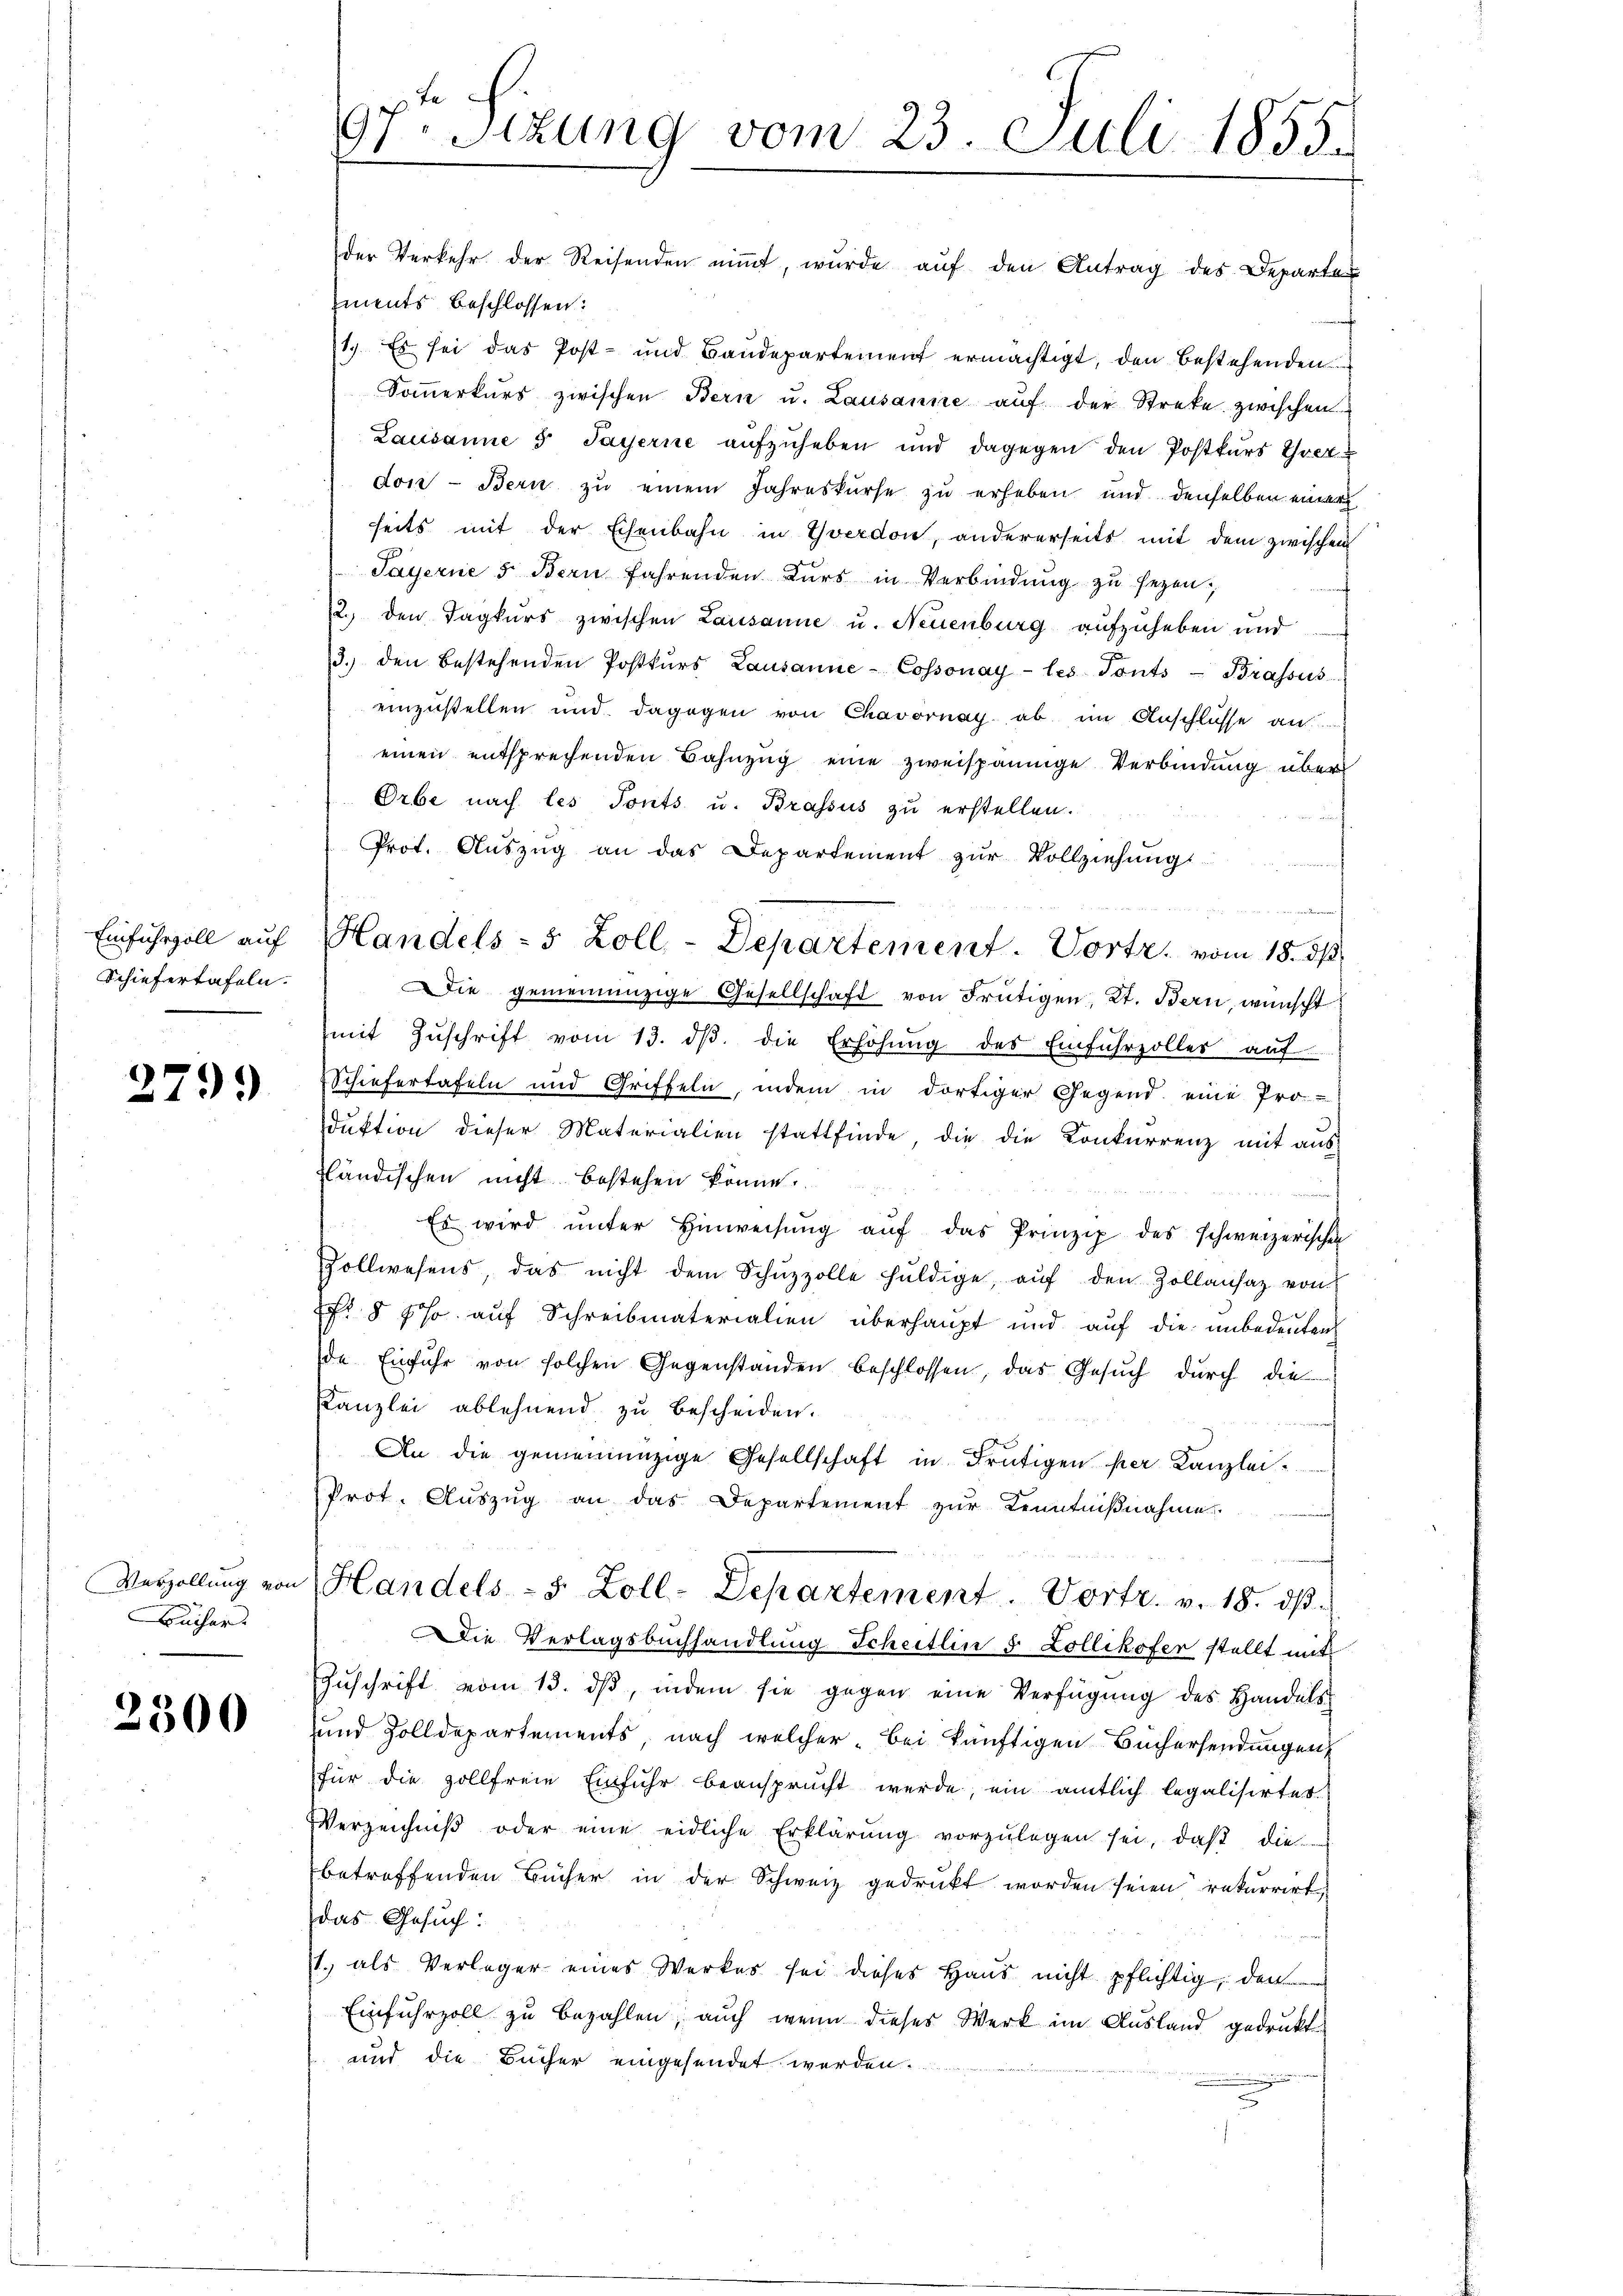
Einfuhrzoll auf
Schiefertafeln.

2799

Buchar

2300

tr. Sizung vom 23. Juli 1855.

der Verkehr der Reisenden niṁt, wurde aŭf den Antrag des Departer
ments beschlossen:
1.) Es sei das Post- und Baudepartement ermächtigt, den bestehenden
Soṁerkŭrs zwischen Bern u. Lausanne aŭf der Streke zwischen
Lausanne 5 Payerne aufzuheben und dagegen den Postkurs Ihrer
don - Bern zu einem Jahreskurse zu erheben und denselben einer
seits mit der Eisenbahn in Yverdon, andererseits mit dem zwischen
Payerne 5 Bern fahrenden Kŭrs in Verbindŭng zŭ sezen;
12. den Tagkurs zwischen Lausanne u. Neuenburg aufzuheben und
3.) den bestehenden Postkŭrs Lausanne-Cossonay- les Tonts-Brassus
einzustellen und dagegen von Chavornay ab im Anschlüsse an
einen entsprechenden Bahnzug eine zweispännige Verbindung über
Orbe nach les Tonts u. Brassus zu erstellen.
Prot. Aŭszŭg an das Departement zŭr Vollziehŭngs
Die geneinanzige Gesellschaft von Frutigen, Kt. Bern, wünscht
mit Zŭschrift vom 13. dβ die Erhöhŭng des Einfuhrzöller auf
Schiefertafeln und Griffeln, indem in dortiger Gegend eine Pro-
duktion dieser Materialien stattfinde, die die Konkurrenz mit aus-
fländischen nicht bestehen könne.
Es wird ŭnter Hinweisŭng aŭf das Prinzip des schweizerische
Zollwesens, das nicht dem Schŭzzolle hŭldige, aŭf den Zollansaz von
f. § 5. auf Schreibmaterialien überhaupt und auf die unbedeuten
de Einfuhr von solchen Gegenstanden beschlossen, das Gesuch durch die
Kanzlei ablehnend zu bescheiden.
An die gemeinnüzige Gesellschaft in Frutigen per Kanzlei-
Prot. Aŭszŭg an das Departement zŭr Kenntniβnahme
Verzollŭng von Handels- 5 Zoll-Departement. Vortr. v. 18. dβ.
Die Verlagsbuchhandlung Scheitlin 5 Zollikofer stellt mit
Zŭschrift vom 13. dβ, indem sie gegen eine Verfügŭng des Handels-
und Zolldepartements nach welcher bei künftigen Büchersendungen
für die zollfreie Einfuhr beansprucht werde, ein amtlich legalisirtes
Verzeichniβ oder eine eidliche Erklärŭng vorzŭlegen sei, daβ die
betreffenden Bücher in der Schweiz gedruckt worden seien rekurrirt
das Gesuch:
1. als Verleger eines Werkes sei dieses Haus nicht pflichtig, den
Einfuhrzoll zu bezahlen, auch wenn dieses Werk im Ausland gedrukt
und die Bücher eingesendet werden.

Handels- 5 Zoll, - Departement. Vortr. vom 18. ds.